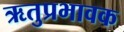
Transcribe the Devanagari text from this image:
ऋतुप्रभावक